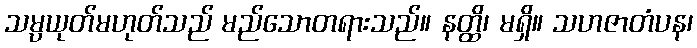
သမ္ပယုတ်မဟုတ်သည် မည်သောတရားသည်။ နတ္ထိ၊ မရှိ။ သဟဇာတံပန၊